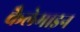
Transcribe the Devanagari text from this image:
कैलेमाइन